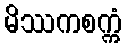
မိဿကစက္ကံ